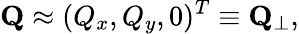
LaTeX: \mathbf{Q}\approx(Q_{x},Q_{y},0)^{T}\equiv\mathbf{Q}_{\perp},